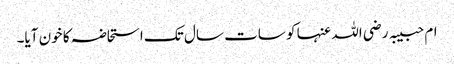
ام حبیبہ رضی اللہ عنہا کو سات سال تک استحاضہ کا خون آیا۔